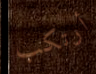
أرتكب